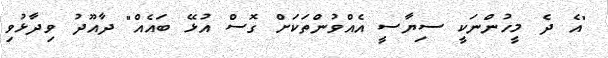
"އެ ދެ މީހުންނަކީ ސިޔާސީ އެއްވުންތަކަށް ގޮސް އުޅޭ ބައެއް" ދާއޫދު ވިދާޅުވި